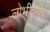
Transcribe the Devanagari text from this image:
लोभीवृत्ति